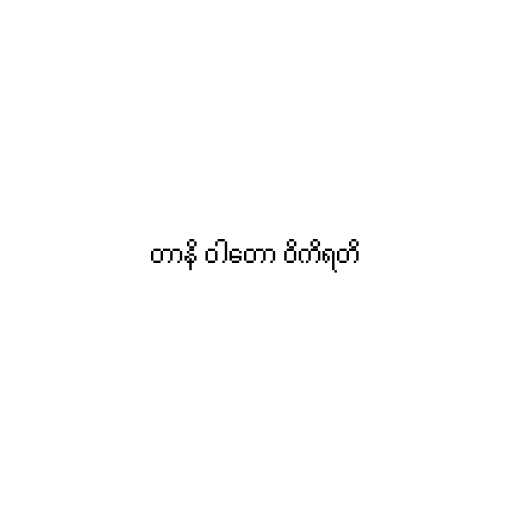
တာနိ ဝါတော ဝိကိရတိ